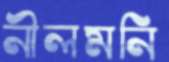
নীলমনি